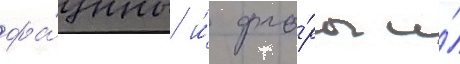
фа́уны и́ фло́ры и́